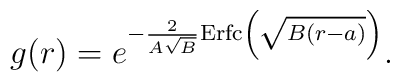
g(r)=e^{-{2 \over {A\sqrt B}}{\rm Erfc}\left(\sqrt{B(r-a)}\right)}.